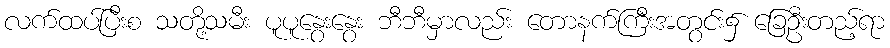
လက်ထပ်ပြီးစ သတို့သမီး ပူပူနွေးနွေး ဘီဘီမှာလည်း တောနက်ကြီးအတွင်း၌ ခြေဦးတည့်ရာ